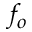
f _ { o }